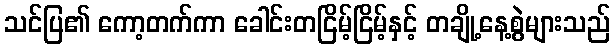
သင်ပြ၏ ကော့တက်ကာ ခေါင်းတငြိမ့်ငြိမ့်နှင့် တချို့နေ့စွဲများသည်